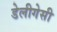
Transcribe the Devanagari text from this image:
डेलीगेसी